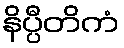
နိပ္ပီတိကံ